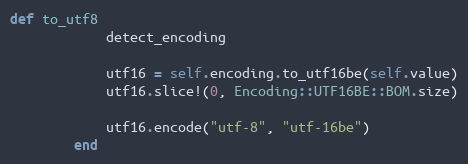
Language: Ruby
def to_utf8
            detect_encoding

            utf16 = self.encoding.to_utf16be(self.value)
            utf16.slice!(0, Encoding::UTF16BE::BOM.size)

            utf16.encode("utf-8", "utf-16be")
        end